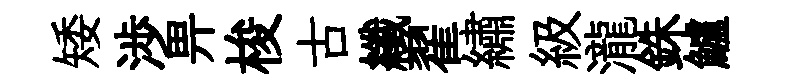
矮渉畀梭古纖翟繡級瀧銖鱸